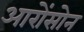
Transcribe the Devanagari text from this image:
आरोंसोन